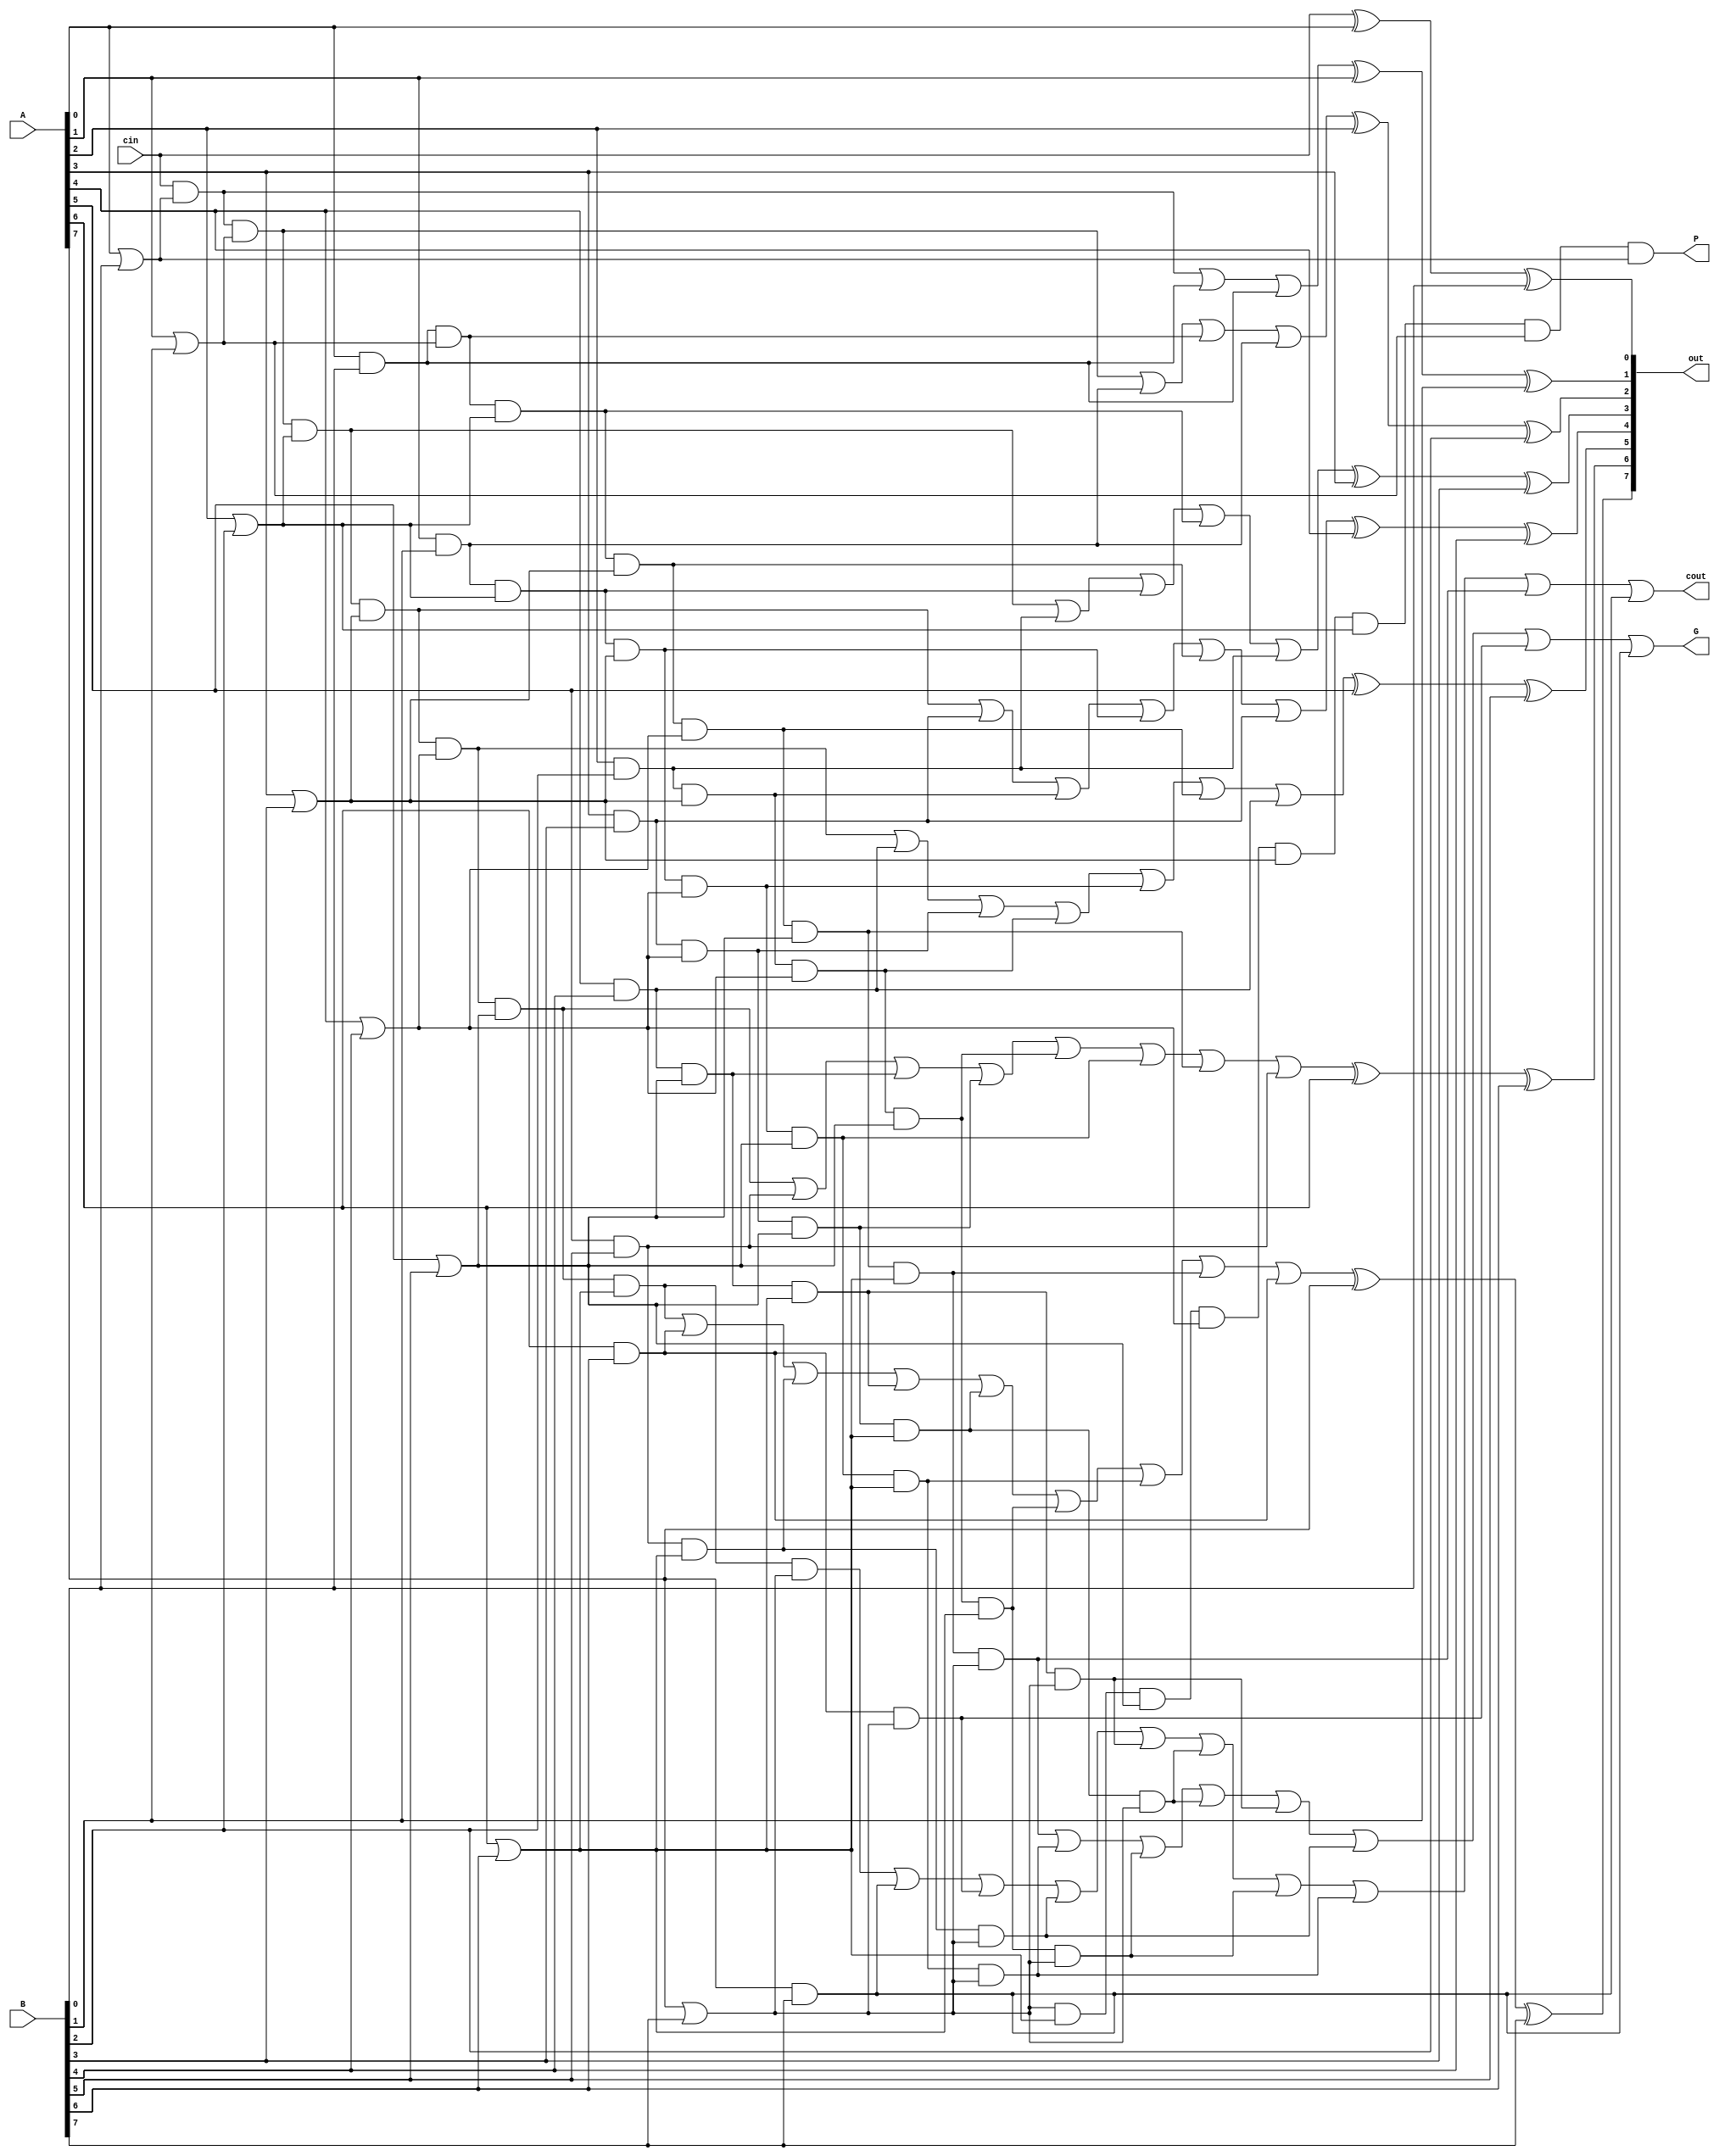


module cla_8_bit(A, B, cin, out, cout, P, G);
    input [7:0] A;
    input [7:0] B;
    input cin;

    output [7:0] out;
    output P, G, cout;
    

    wire c0, c1, c2, c3, c4, c5, c6, c7;
    wire g0, g1, g2, g3, g4, g5, g6, g7;
    wire p0, p1, p2, p3, p4, p5, p6, p7; 
    
    assign c0 = cin;
    
    and and_g0(g0, A[0], B[0]);
    and and_g1(g1, A[1], B[1]);
    and and_g2(g2, A[2], B[2]);
    and and_g3(g3, A[3], B[3]);
    and and_g4(g4, A[4], B[4]);
    and and_g5(g5, A[5], B[5]);
    and and_g6(g6, A[6], B[6]);
    and and_g7(g7, A[7], B[7]);

    or xor_p0(p0, A[0], B[0]);
    or xor_p1(p1, A[1], B[1]);
    or xor_p2(p2, A[2], B[2]);
    or xor_p3(p3, A[3], B[3]);
    or xor_p4(p4, A[4], B[4]);
    or xor_p5(p5, A[5], B[5]);
    or xor_p6(p6, A[6], B[6]);
    or xor_p7(p7, A[7], B[7]);

    xor s0_xor(out[0], c0, A[0], B[0]);

    wire c1_temp_0, c1_temp_1;
    and c1_and_0(c1_temp_0, c0, p0);
    and c1_and_1(c1_temp_1, g0);
    or c1_or(c1, c1_temp_0, c1_temp_1, g0);
    xor s1_xor(out[1], c1, A[1], B[1]);

    wire c2_temp_0, c2_temp_1, c2_temp_2;
    and c2_and_0(c2_temp_0, c0, p0, p1);
    and c2_and_1(c2_temp_1, g1);
    and c2_and_2(c2_temp_2, g0, p1);
    or c2_or(c2, c2_temp_0, c2_temp_1, c2_temp_2, g1);
    xor s2_xor(out[2], c2, A[2], B[2]);

    wire c3_temp_0, c3_temp_1, c3_temp_2, c3_temp_3;
    and c3_and_0(c3_temp_0, c0, p0, p1, p2);
    and c3_and_1(c3_temp_1, g2);
    and c3_and_2(c3_temp_2, g1, p2);
    and c3_and_3(c3_temp_3, g0, p1, p2);
    or c3_or(c3, c3_temp_0, c3_temp_1, c3_temp_2, c3_temp_3, g2);
    xor s3_xor(out[3], c3, A[3], B[3]);

    wire c4_temp_0, c4_temp_1, c4_temp_2, c4_temp_3, c4_temp_4;
    and c4_and_0(c4_temp_0, c0, p0, p1, p2, p3);
    and c4_and_1(c4_temp_1, g3);
    and c4_and_2(c4_temp_2, g2, p3);
    and c4_and_3(c4_temp_3, g1, p2, p3);
    and c4_and_4(c4_temp_4, g0, p1, p2, p3);
    or c4_or(c4, c4_temp_0, c4_temp_1, c4_temp_2, c4_temp_3, c4_temp_4, g3);
    xor s4_xor(out[4], c4, A[4], B[4]);

    wire c5_temp_0, c5_temp_1, c5_temp_2, c5_temp_3, c5_temp_4, c5_temp_5;
    and c5_and_0(c5_temp_0, c0, p0, p1, p2, p3, p4);
    and c5_and_1(c5_temp_1, g4);
    and c5_and_2(c5_temp_2, g3, p4);
    and c5_and_3(c5_temp_3, g2, p3, p4);
    and c5_and_4(c5_temp_4, g1, p2, p3, p4);
    and c5_and_5(c5_temp_5, g0, p1, p2, p3, p4);
    or c5_or(c5, c5_temp_0, c5_temp_1, c5_temp_2, c5_temp_3, c5_temp_4, c5_temp_5, g4);
    xor s5_xor(out[5], c5, A[5], B[5]);

    wire c6_temp_0, c6_temp_1, c6_temp_2, c6_temp_3, c6_temp_4, c6_temp_5, c6_temp_6;
    and c6_and_0(c6_temp_0, c0, p0, p1, p2, p3, p4, p5);
    and c6_and_1(c6_temp_1, g5);
    and c6_and_2(c6_temp_2, g4, p5);
    and c6_and_3(c6_temp_3, g3, p4, p5);
    and c6_and_4(c6_temp_4, g2, p3, p4, p5);
    and c6_and_5(c6_temp_5, g1, p2, p3, p4, p5);
    and c6_and_6(c6_temp_6, g0, p1, p2, p3, p4, p5);
    or c6_or(c6, c6_temp_0, c6_temp_1, c6_temp_2, c6_temp_3, c6_temp_4, c6_temp_5, c6_temp_6, g5);
    xor s6_xor(out[6], c6, A[6], B[6]);

    wire c7_temp_0, c7_temp_1, c7_temp_2, c7_temp_3, c7_temp_4, c7_temp_5, c7_temp_6, c7_temp_7;
    and c7_and_0(c7_temp_0, c0, p0, p1, p2, p3, p4, p5, p6);
    and c7_and_1(c7_temp_1, g6);
    and c7_and_2(c7_temp_2, g5, p6);
    and c7_and_3(c7_temp_3, g4, p5, p6);
    and c7_and_4(c7_temp_4, g3, p4, p5, p6);
    and c7_and_5(c7_temp_5, g2, p3, p4, p5, p6);
    and c7_and_6(c7_temp_6, g1, p2, p3, p4, p5, p6);
    and c7_and_7(c7_temp_7, g0, p1, p2, p3, p4, p5, p6);
    or c7_or(c7, c7_temp_0, c7_temp_1, c7_temp_2, c7_temp_3, c7_temp_4, c7_temp_5, c7_temp_6, c7_temp_7, g6);
    xor s7_xor(out[7], c7, A[7], B[7]);


    wire c8_temp_0, c8_temp_1, c8_temp_2, c8_temp_3, c8_temp_4, c8_temp_5, c8_temp_6, c8_temp_7, c8_temp_8;
    and c8_and_0(c8_temp_0, c0, p0, p1, p2, p3, p4, p5, p6, p7);
    and c8_and_1(c8_temp_1, g7);
    and c8_and_2(c8_temp_2, g6, p7);
    and c8_and_3(c8_temp_3, g5, p6, p7);
    and c8_and_4(c8_temp_4, g4, p5, p6, p7);
    and c8_and_5(c8_temp_5, g3, p4, p5, p6, p7);
    and c8_and_6(c8_temp_6, g2, p3, p4, p5, p6, p7);
    and c8_and_7(c8_temp_7, g1, p2, p3, p4, p5, p6, p7);
    and c8_and_8(c8_temp_8, g0, p1, p2, p3, p4, p5, p6, p7);
    or c8_or(cout, c8_temp_0, c8_temp_1, c8_temp_2, c8_temp_3, c8_temp_4, c8_temp_5, c8_temp_6, c8_temp_7, c8_temp_8, g7);


    wire big_gen_0, big_gen_1, big_gen_2, big_gen_3, big_gen_4, big_gen_5, big_gen_6, big_gen_7;
    and and_big_gen_0(big_gen_0, g0, p1, p2, p3, p4, p5, p6, p7);
    and and_big_gen_1(big_gen_1, g1, p2, p3, p4, p5, p6, p7);
    and and_big_gen_2(big_gen_2, g2, p3, p4, p5, p6, p7);
    and and_big_gen_3(big_gen_3, g3, p4, p5, p6, p7);
    and and_big_gen_4(big_gen_4, g4, p5, p6, p7);
    and and_big_gen_5(big_gen_5, g5, p6, p7);
    and and_big_gen_6(big_gen_6, g6, p7);

    or big_gen(G, big_gen_0, big_gen_1, big_gen_2, big_gen_3, big_gen_4, big_gen_5, big_gen_6, g7);

    and big_prop(P, p7, p6, p5, p4, p3, p2, p1, p0);

    //assign cout = {c0, c1, c2, c3, c4, c5, c6, c7};
    //assign cout = {c7, c6, c5, c4, c3, c2, c1, c0};
    //assign cout = c7;

endmodule